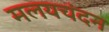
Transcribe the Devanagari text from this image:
मलयचंदन